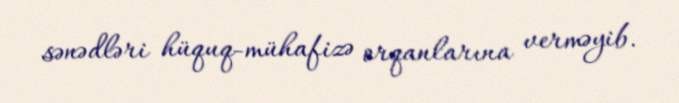
sənədləri hüquq-mühafizə orqanlarına verməyib.